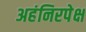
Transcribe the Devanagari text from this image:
अहंनिरपेक्ष